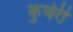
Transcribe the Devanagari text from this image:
कुचेरी